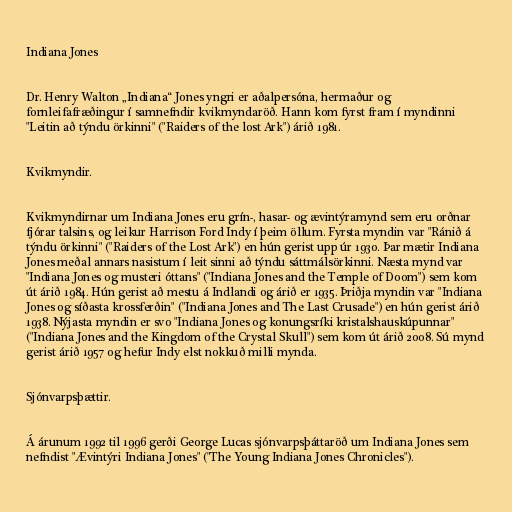
Indiana Jones

Dr. Henry Walton „Indiana“ Jones yngri er aðalpersóna, hermaður og
fornleifafræðingur í samnefndir kvikmyndaröð. Hann kom fyrst fram í myndinni
"Leitin að týndu örkinni" ("Raiders of the lost Ark") árið 1981.

Kvikmyndir.

Kvikmyndirnar um Indiana Jones eru grín-, hasar- og ævintýramynd sem eru orðnar
fjórar talsins, og leikur Harrison Ford Indy í þeim öllum. Fyrsta myndin var "Ránið á
týndu örkinni" ("Raiders of the Lost Ark") en hún gerist upp úr 1930. Þar mætir Indiana
Jones meðal annars nasistum í leit sinni að týndu sáttmálsörkinni. Næsta mynd var
"Indiana Jones og musteri óttans" ("Indiana Jones and the Temple of Doom") sem kom
út árið 1984. Hún gerist að mestu á Indlandi og árið er 1935. Þriðja myndin var "Indiana
Jones og síðasta krossferðin" ("Indiana Jones and The Last Crusade") en hún gerist árið
1938. Nýjasta myndin er svo "Indiana Jones og konungsríki kristalshauskúpunnar"
("Indiana Jones and the Kingdom of the Crystal Skull") sem kom út árið 2008. Sú mynd
gerist árið 1957 og hefur Indy elst nokkuð milli mynda.

Sjónvarpsþættir.

Á árunum 1992 til 1996 gerði George Lucas sjónvarpsþáttaröð um Indiana Jones sem
nefndist "Ævintýri Indiana Jones" ("The Young Indiana Jones Chronicles").